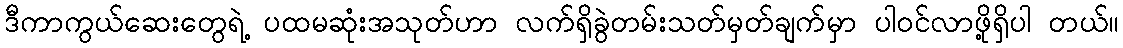
ဒီကာကွယ်ဆေးတွေရဲ့ ပထမဆုံးအသုတ်ဟာ လက်ရှိခွဲတမ်းသတ်မှတ်ချက်မှာ ပါဝင်လာဖို့ရှိပါ တယ်။